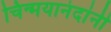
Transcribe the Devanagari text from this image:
चिन्मयानंदांनी